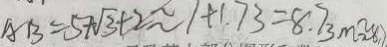
A B = 5 + \sqrt { 3 } + 2 \approx 1 + 1 . 7 3 = 8 . 7 3 m \approx 8 . 7